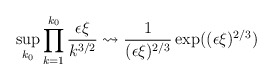
\begin{align*} \sup_{k_0} \prod_{k=1}^{k_0} \frac{\epsilon \xi}{k^{3/2}} \leadsto \frac{1}{(\epsilon \xi)^{2/3}}\exp((\epsilon \xi)^{2/3})\end{align*}